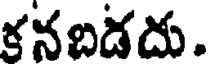
కనబడదు.